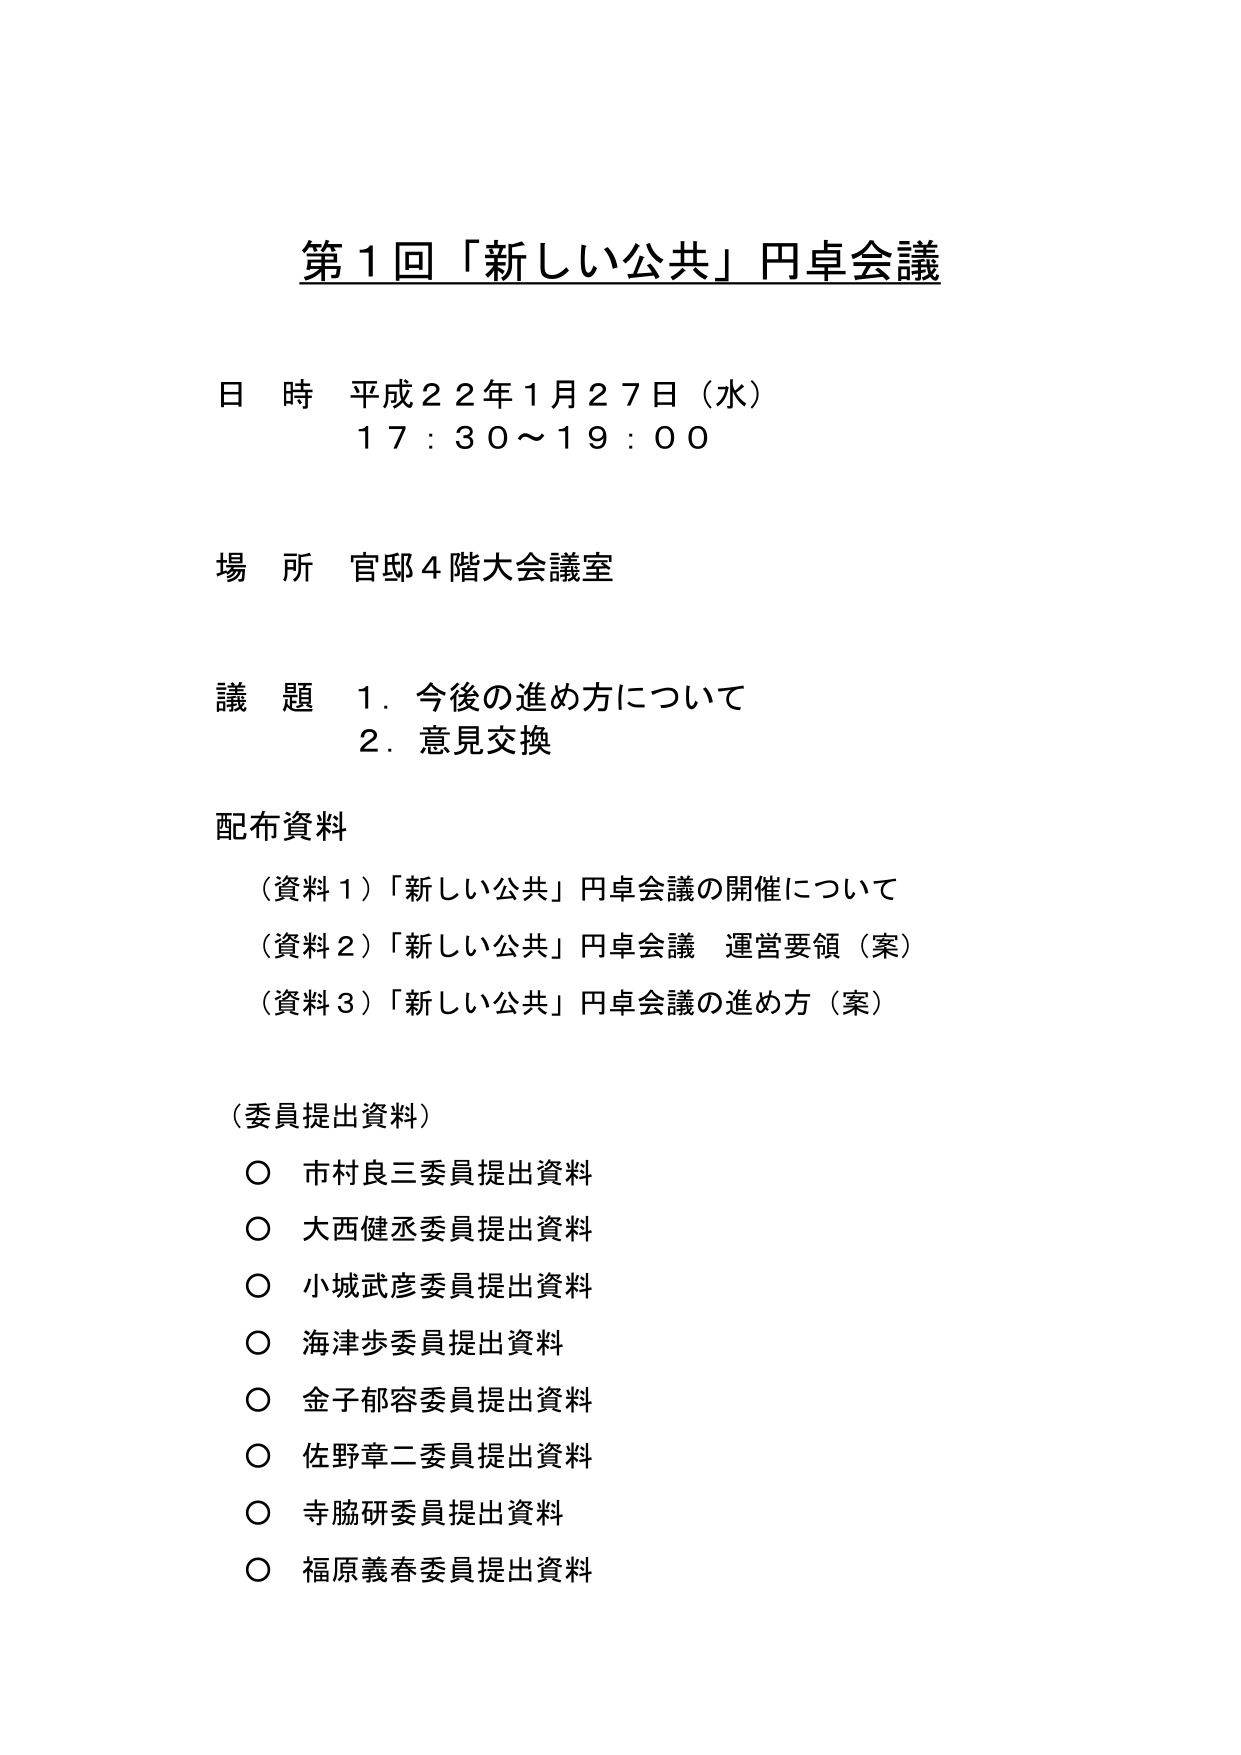
第１回「新しい公共」円卓会議

日 時 平成２２年１月２７日（水）
１７：３０～１９：００

場 所 官邸４階大会議室

議 題 １．今後の進め方について
　　　２．意見交換

配布資料
（資料１）「新しい公共」円卓会議の開催について
（資料２）「新しい公共」円卓会議 運営要領（案）
（資料３）「新しい公共」円卓会議の進め方（案）

（委員提出資料）
○ 市村良三委員提出資料
○ 大西健丞委員提出資料
○ 小城武彦委員提出資料
○ 海津歩委員提出資料
○ 金子郁容委員提出資料
○ 佐野章二委員提出資料
○ 寺脇研委員提出資料
○ 福原義春委員提出資料